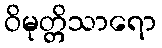
ဝိမုတ္တိသာရော